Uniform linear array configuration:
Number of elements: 12
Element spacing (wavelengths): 0.5
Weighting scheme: hamming
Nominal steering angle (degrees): -30
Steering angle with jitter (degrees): -28.127
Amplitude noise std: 0.05
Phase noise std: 0.05

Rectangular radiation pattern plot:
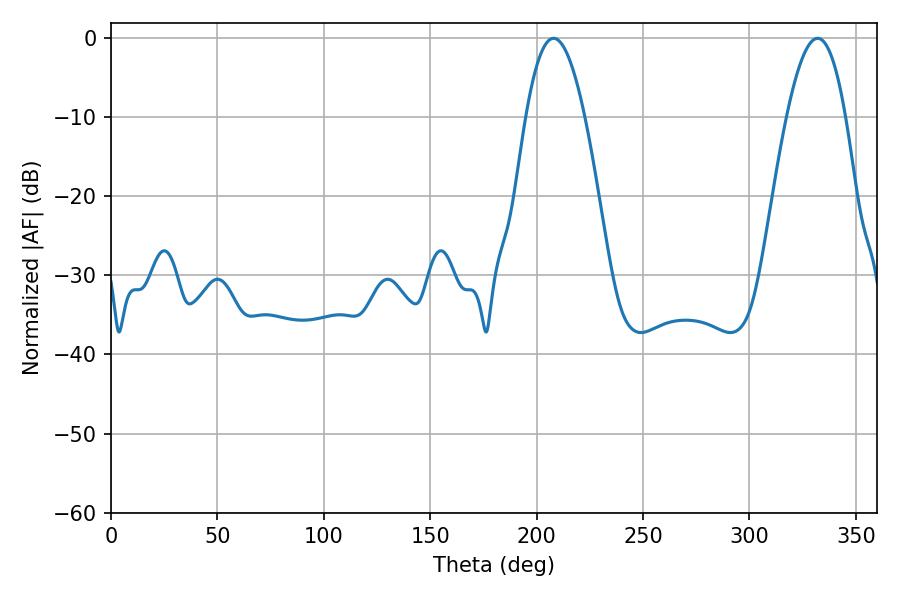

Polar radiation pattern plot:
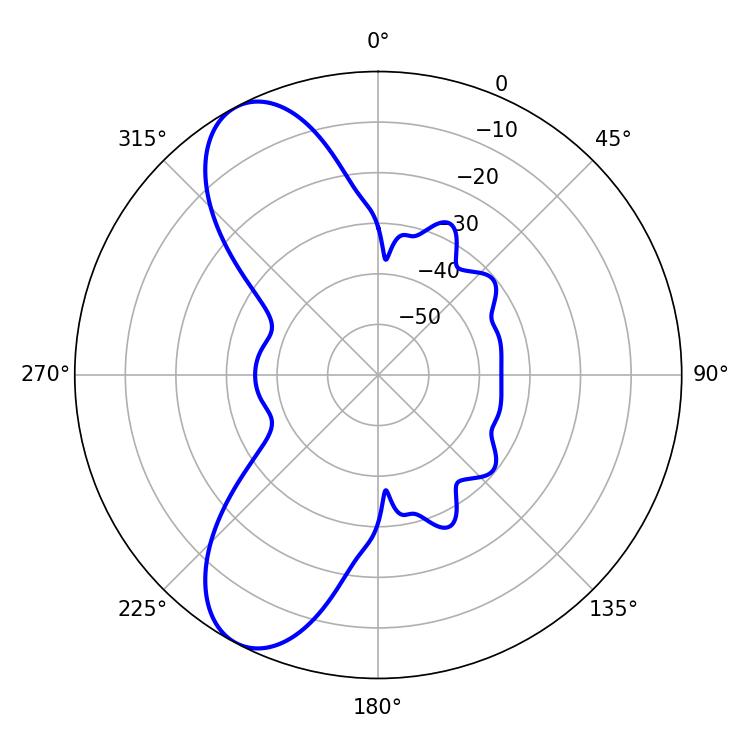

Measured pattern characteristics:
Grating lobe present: FALSE
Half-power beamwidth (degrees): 15.12
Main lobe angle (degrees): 207.9